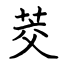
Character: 茭